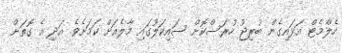
ހެލްމެޓް އަޅައިގެން ބުރިޖު ހުރަސްކޮށް ސައިކަލުގައި މާލެއަށް ކަމަށެވެ. އަދި އެ ގޮތަށް